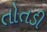
તોતડી